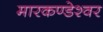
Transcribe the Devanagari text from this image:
मारकण्डेश्वर